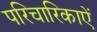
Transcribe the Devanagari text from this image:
परिचारिकाऐं